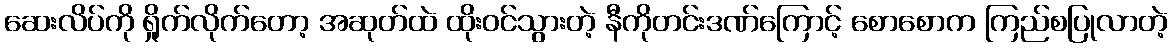
ဆေးလိပ်ကို ရှိုက်လိုက်တော့ အဆုတ်ထဲ ထိုးဝင်သွားတဲ့ နီကိုတင်းဒဏ်ကြောင့် စောစောက ကြည်စပြုလာတဲ့